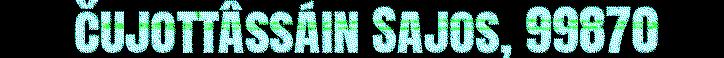
čujottâssáin Sajos, 99870